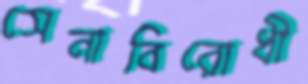
সেনাবিরোধী